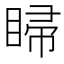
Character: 𥇳